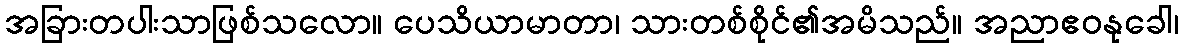
အခြားတပါးသာဖြစ်သလော။ ပေသိယာမာတာ၊ သားတစ်စိုင်၏အမိသည်။ အညာဧဝနုခေါ၊